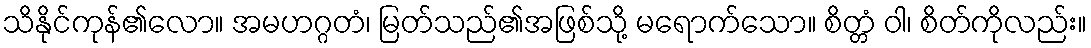
သိနိုင်ကုန်၏လော။ အမဟဂ္ဂတံ၊ မြတ်သည်၏အဖြစ်သို့ မရောက်သော။ စိတ္တံ ဝါ၊ စိတ်ကိုလည်း။